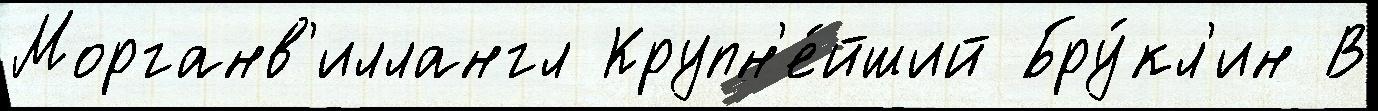
Морганв'иллангл Крупн'е́йший Бру́кл'ин В